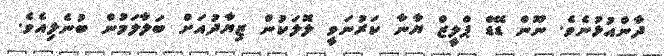
ދާންއުޅުނެވެ. ނޫން ޑޭޑް ޕްލީޒް ޔާނާ ކަރުނަވީ ލޮލަކުން ޒިޔާދުއަށް ބަލާލަމުން ބުނެލިއެވެ.